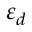
\varepsilon _ { d }